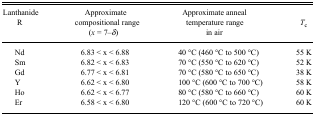
| Lanthanide R | Approximate compositional range (x = 7−δ) | Approximate anneal temperature range in air | Tc |
 | --- | --- | --- | --- |
 | Nd | 6.83 < × < 6.88 | 40 °C (460 °C to 500 °C) | 55 K |
 | Sm | 6.82 < × < 6.83 | 70 °C (550 °C to 620 °C) | 52 K |
 | Gd | 6.77 < × < 6.81 | 70 °C (580 °C to 650 °C) | 38 K |
 | Y | 6.62 < × < 6.80 | 100 °C (600 °C to 700 °C) | 58 K |
 | Ho | 6.62 < × < 6.77 | 80 °C (580 °C to 660 °C) | 60 K |
 | Er | 6.58 < × < 6.80 | 120 °C (600 °C to 720 °C) | 60 K |